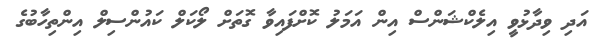
އަދި ވިދާޅުވީ އިލެކްޝަންސް އިން އަމަލު ކޮށްފައިވާ ގޮތަށް ލޯކަލް ކައުންސިލް އިންތިހާބުގެ